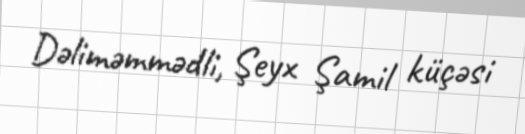
Dəliməmmədli, Şeyx Şamil küçəsi